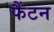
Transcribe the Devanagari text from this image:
फैंटन